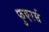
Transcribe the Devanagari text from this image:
फुएरर्स